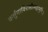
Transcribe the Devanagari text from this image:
कर्त्तुमाविरासीन्महामुनिः॥